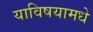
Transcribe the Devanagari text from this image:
याविषयामधे